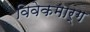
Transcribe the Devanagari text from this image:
विवेकमार्ग